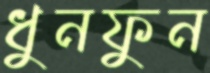
ধুনফুন